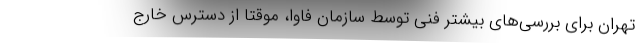
تهران برای بررسی‌های بیشتر فنی توسط سازمان فاوا، موقتاً از دسترس خارج